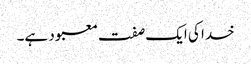
خدا کی ایک صفت معبود ہے۔